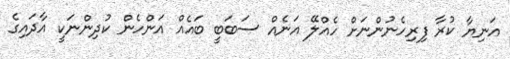
އަނިޔާ ކުރާ ފިރިހެނުންނަށް ހެއްލޭ އަނެއް ސަބަބީ ބައެއް އަންހެން ކުދިންނަކީ އާދައިގެ